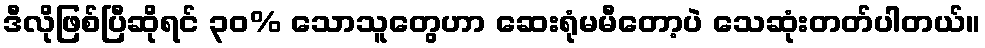
ဒီလိုဖြစ်ပြီဆိုရင် ၃၀% သောသူတွေဟာ ဆေးရုံမမီတော့ပဲ သေဆုံးတတ်ပါတယ်။